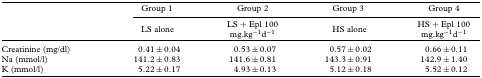
<table><thead><tr><td></td><td><b>Group 1</b></td><td><b>Group 2</b></td><td><b>Group 3</b></td><td><b>Group 4</b></td></tr><tr><td></td><td><b>LS alone</b></td><td><b>LS + Epl 100 mg·kg<sup>−1</sup>d<sup>−1</sup></b></td><td><b>HS alone</b></td><td><b>HS + Epl 100 mg·kg<sup>−1</sup>d<sup>−1</sup></b></td></tr></thead><tbody><tr><td>Creatinine (mg/dl)</td><td>0.41 ±0.04</td><td>0.53±0.07</td><td>0.57 ±0.02</td><td>0.66±0.11</td></tr><tr><td>Na (mmol/1)</td><td>141.2±0.83</td><td>141.6±0.81</td><td>143.3±0.91</td><td>142.9±1.40</td></tr><tr><td>K (mmol/1)</td><td>5.22±0.17</td><td>4.93±0.13</td><td>5.12±0.18</td><td>5.52±0.12</td></tr></tbody></table>